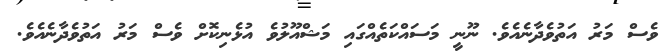
ވެސް މަރު އަތުވެދާނެއެވެ. ނޫނީ މަސައްކަތެއްގައި މަޝްއޫލުވެ އުޅެނިކޮށް ވެސް މަރު އަތުވެދާނެއެވެ.